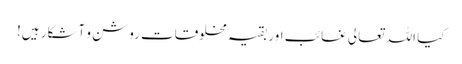
کیا اللہ تعالی غائب اور بقیہ مخلوقات روشن و آشکار ہیں!